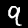
Label: 9